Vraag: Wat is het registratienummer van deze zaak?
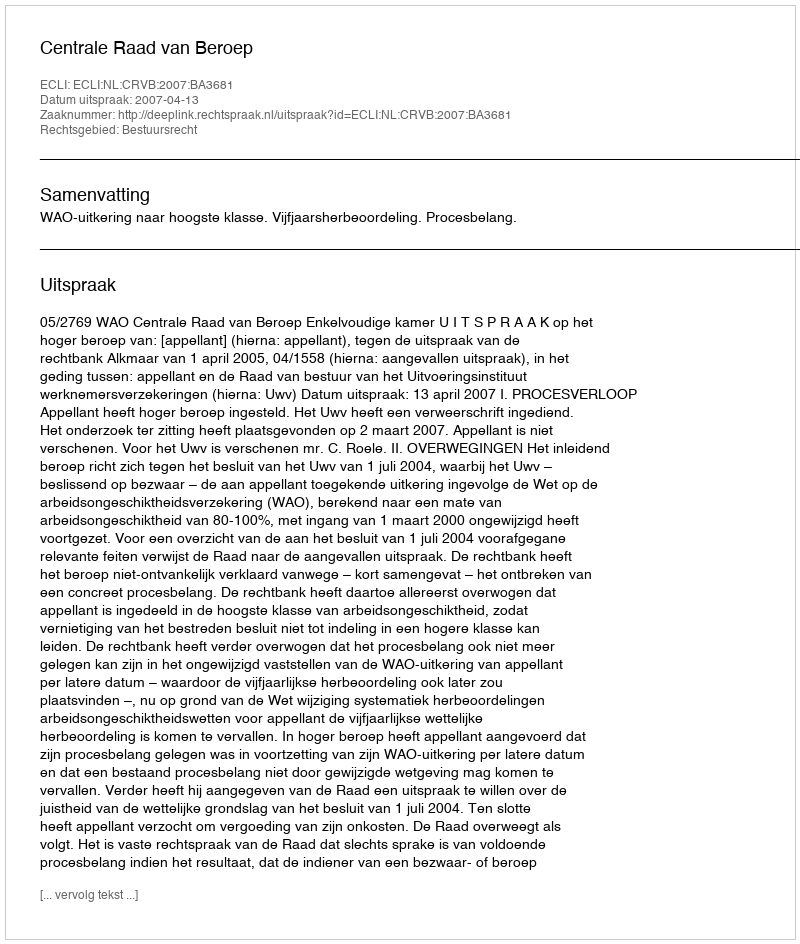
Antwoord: http://deeplink.rechtspraak.nl/uitspraak?id=ECLI:NL:CRVB:2007:BA3681